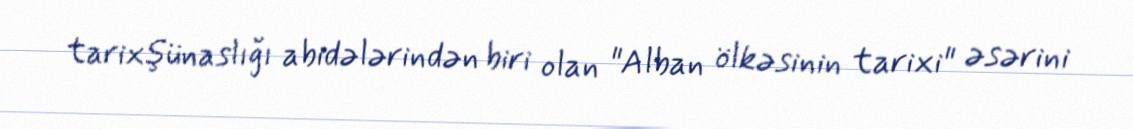
tarixşünaslığı abidələrindən biri olan "Alban ölkəsinin tarixi" əsərini